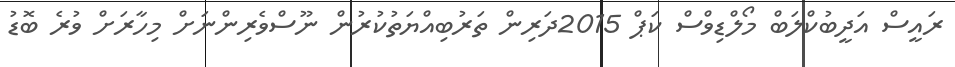
ރައީސް އަދީބުކްލަބް މޯލްޑިވްސް ކަޕް 2015ދަރިން ތަރުބިއްޔަތުކުރުން ނޫސްވެރިންނަށް މިހާރަށް ވުރެ ބޮޑު